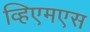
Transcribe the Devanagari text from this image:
व्हिएमएस